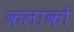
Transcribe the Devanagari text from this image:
कलाकों